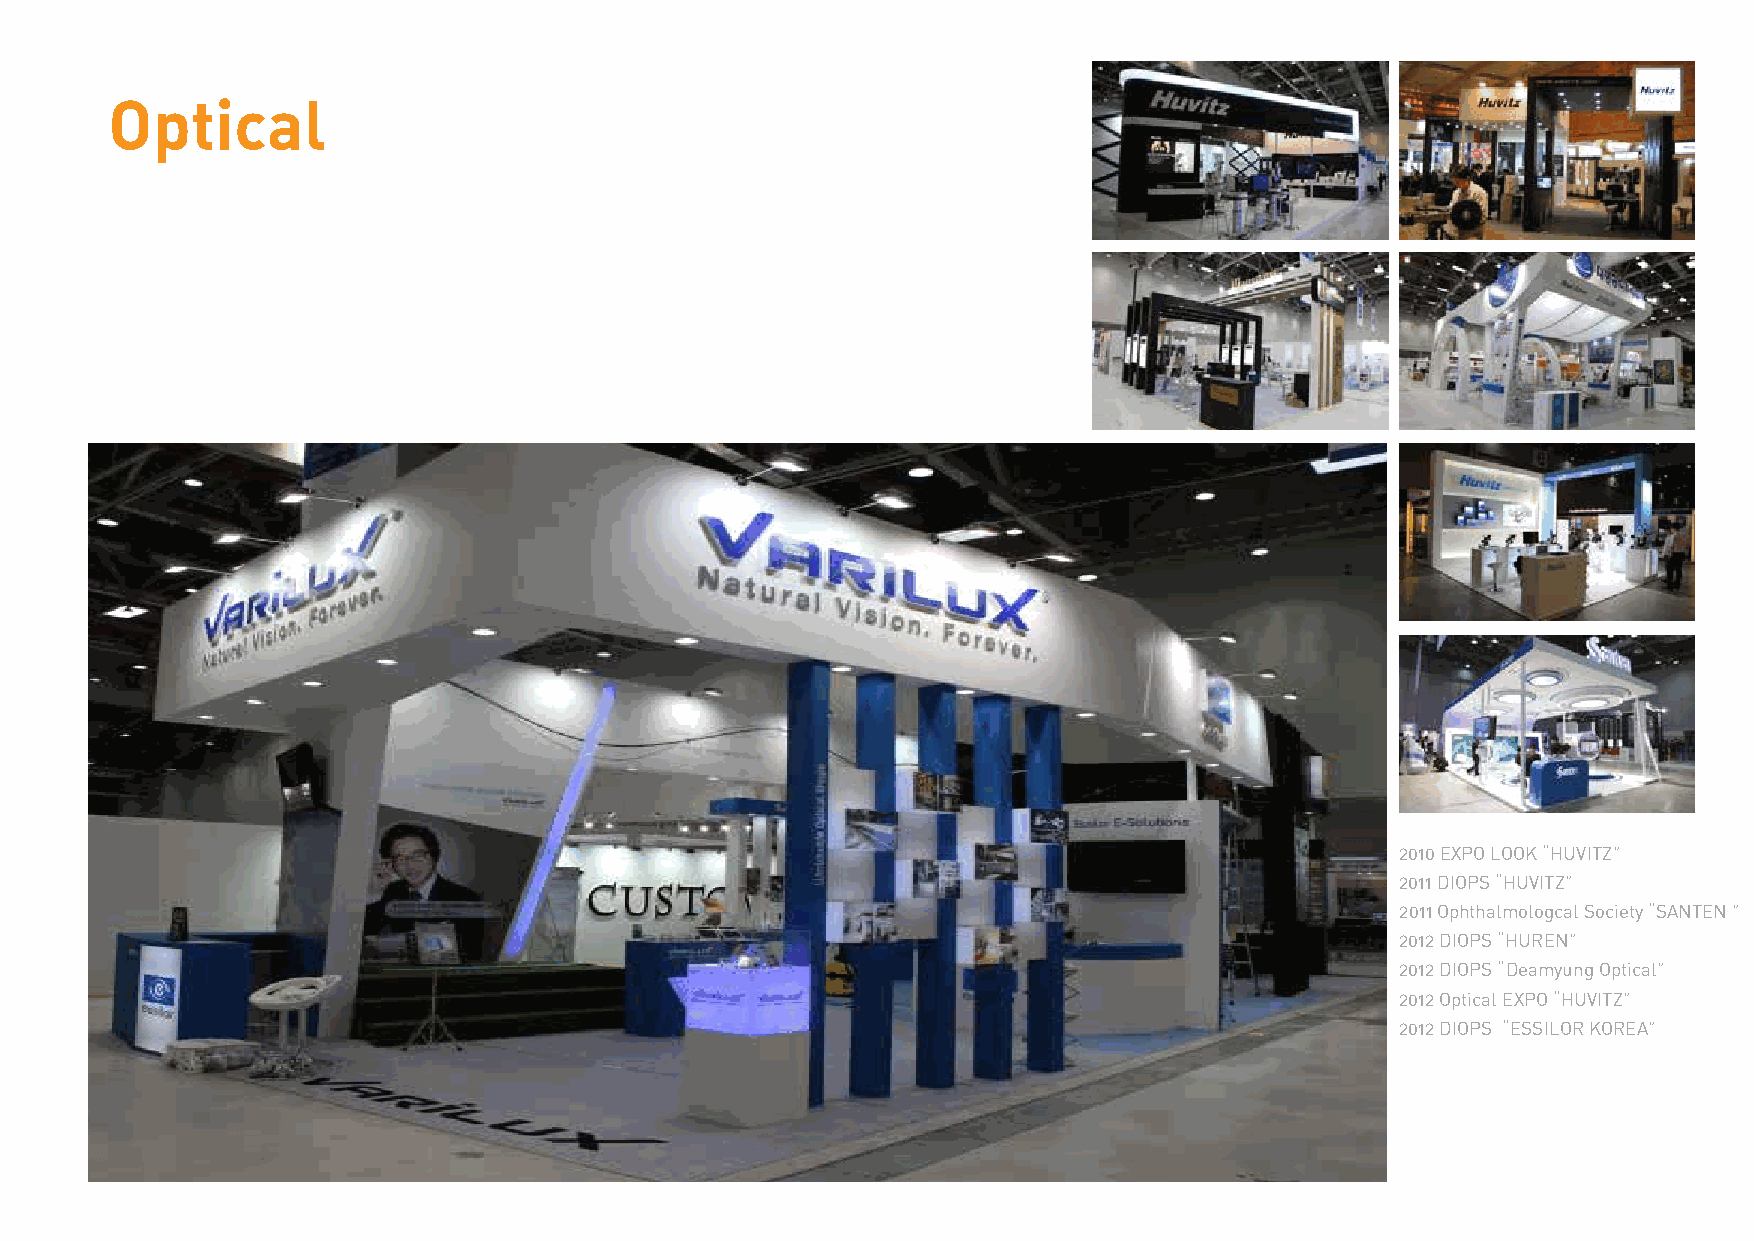
Optical
 2010 EXPO LOOK “HUVITZ”
 2011 DIOPS “HUVITZ”
 2011 Ophthalmologcal Society “SANTEN ”
 2012 DIOPS “HUREN”
 2012 DIOPS “Deamyung Optical”
 2012 Optical EXPO “HUVITZ”
 2012 DIOPS “ESSILOR KOREA”